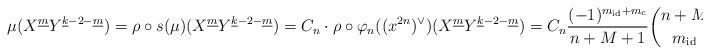
LaTeX: \begin{align*}\mu(X^{\underline m}Y^{\underline k-2-\underline m})=\rho\circ s(\mu)(X^{\underline m}Y^{\underline k-2-\underline m})=C_n\cdot \rho\circ\varphi_n((x^{2n})^\vee)(X^{\underline m}Y^{\underline k-2-\underline m})=C_n\frac{(-1)^{m_{\rm id}+m_c}}{n+M+1}\binom{n+M}{m_{\rm id}}^{-1}\end{align*}